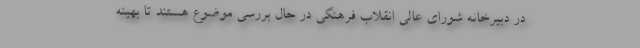
در دبیرخانه شورای عالی انقلاب فرهنگی در حال بررسی موضوع هستند تا بهینه